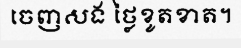
ចេញសង ថ្លៃខូតខាត។